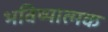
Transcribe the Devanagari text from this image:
भविष्यात्मक